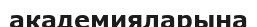
академияларына